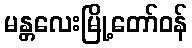
မန္တလေးမြို့တော်ဝန်